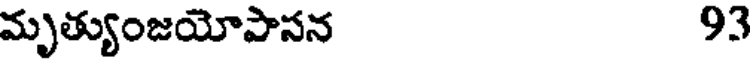
మృత్యుంజయోపాసన 93